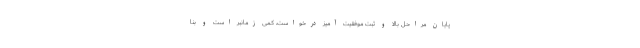
پایان مراحل بالا و ثبت موفقیت آمیزِ درخواست، کمی زمانبر است و بنا